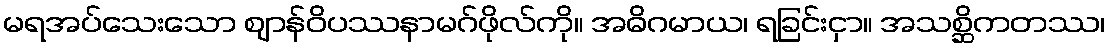
မရအပ်သေးသော ဈာန်ဝိပဿနာမဂ်ဖိုလ်ကို။ အဓိဂမာယ၊ ရခြင်းငှာ။ အသစ္ဆိကတဿ၊